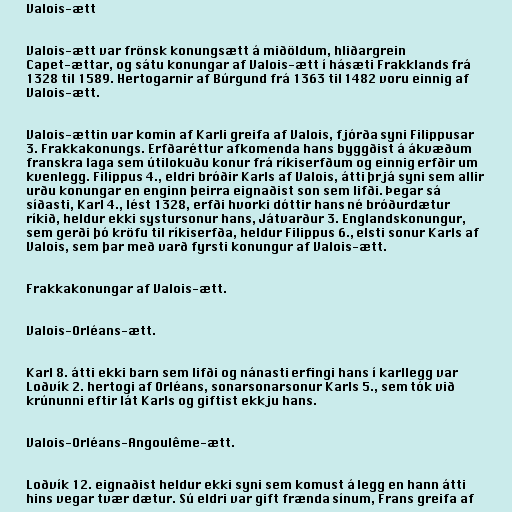
Valois-ætt

Valois-ætt var frönsk konungsætt á miðöldum, hliðargrein
Capet-ættar, og sátu konungar af Valois-ætt í hásæti Frakklands frá
1328 til 1589. Hertogarnir af Búrgund frá 1363 til 1482 voru einnig af
Valois-ætt.

Valois-ættin var komin af Karli greifa af Valois, fjórða syni Filippusar
3. Frakkakonungs. Erfðaréttur afkomenda hans byggðist á ákvæðum
franskra laga sem útilokuðu konur frá ríkiserfðum og einnig erfðir um
kvenlegg. Filippus 4., eldri bróðir Karls af Valois, átti þrjá syni sem allir
urðu konungar en enginn þeirra eignaðist son sem lifði. Þegar sá
síðasti, Karl 4., lést 1328, erfði hvorki dóttir hans né bróðurdætur
ríkið, heldur ekki systursonur hans, Játvarður 3. Englandskonungur,
sem gerði þó kröfu til ríkiserfða, heldur Filippus 6., elsti sonur Karls af
Valois, sem þar með varð fyrsti konungur af Valois-ætt.

Frakkakonungar af Valois-ætt.

Valois-Orléans-ætt.

Karl 8. átti ekki barn sem lifði og nánasti erfingi hans í karllegg var
Loðvík 2. hertogi af Orléans, sonarsonarsonur Karls 5., sem tók við
krúnunni eftir lát Karls og giftist ekkju hans.

Valois-Orléans-Angoulême-ætt.

Loðvík 12. eignaðist heldur ekki syni sem komust á legg en hann átti
hins vegar tvær dætur. Sú eldri var gift frænda sínum, Frans greifa af